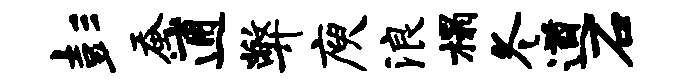
彭蚕逋弊庾浪榻冬遒石